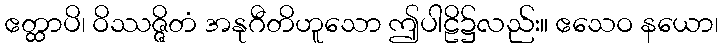
ဧတ္ထာပိ၊ ဝိဿဇ္ဇိတံ အနုဂီတိဟူသော ဤပါဠိ၌လည်း။ ဧသေဝ နယော၊